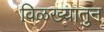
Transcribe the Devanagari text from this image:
विळख्यातुन